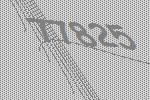
77825